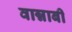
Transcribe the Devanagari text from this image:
वान्नाबी